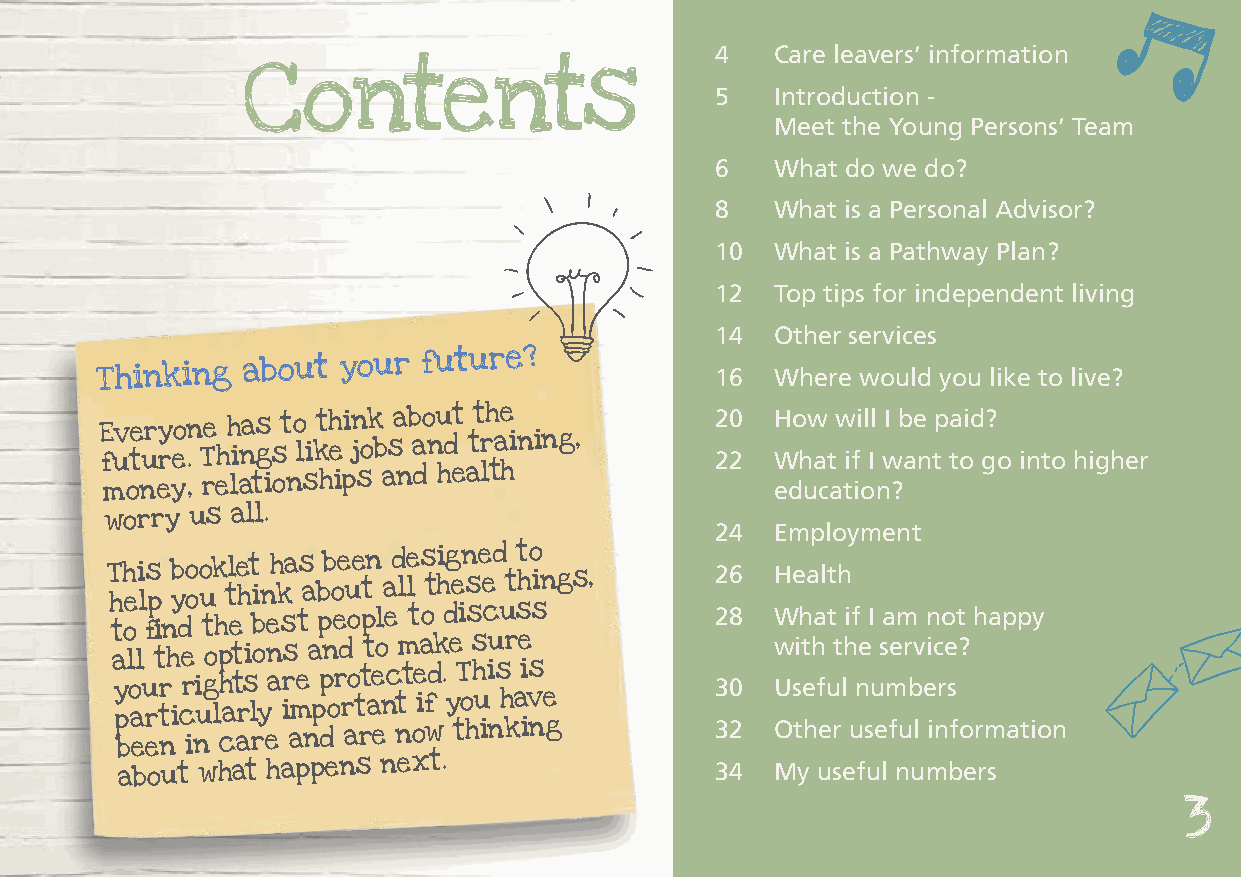
4   Care leavers’ information
 Contents                       5   Introduction -
 Meet the Young Persons’ Team
 6   What do we do?
 8   What is a Personal Advisor?
 10  What is a Pathway Plan?
 12  Top tips for independent living
 14  Other services
 Thinking  about  your
 future?
 16  Where would you like to live?
 E fuv te ur ry eo .n Te
 h
 h inas
 g
 st o
 li
 kth ei n jok
 b
 sa b ao nu dt tt rh ae i ning, 2 20
 2
 H Wo hw
 a
 tw ifi l Il wI b ae
 n
 tp a toid g?
 o into higher
 money, relationships and health             education?
 worry us all.
 24  Employment
 T hh ei ls p b yo oo uk tle ht i nh ka s a bb oe ue tn a d le l s thig en se ed t t ho in gs, 26 Health
 to find the best people to discuss      28  What if I am not happy
 all the options and to make sure            with the service?
 your rights are
 protected. This is
 30  Useful numbers
 p ba er et ni c inu l ca arl ry
 e
 i am np do r at ra en t n oif w y to hu in h ka iv ne g 32 Other useful information
 about what happens next.               34  My useful numbers
 3